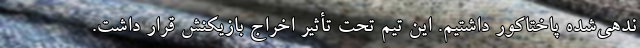
ندهی‌شده پاختاکور داشتیم. این تیم تحت تأثیر اخراج بازیکنش قرار داشت.